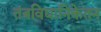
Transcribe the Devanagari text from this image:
तंत्रविद्यानिकेतन